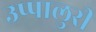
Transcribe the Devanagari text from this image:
उप्पालुरी